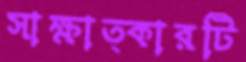
সাক্ষাত্কারটি